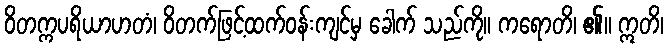
ဝိတက္ကပရိယာဟတံ၊ ဝိတက်ဖြင့်ထက်ဝန်းကျင်မှ ခေါက် သည်ကို။ ကရောတိ၊ ၏။ ဣတိ၊